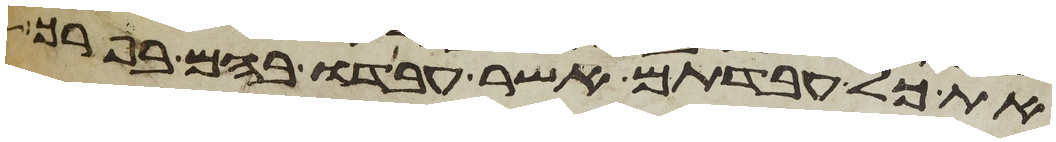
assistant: את כל עבדתם אשר עבדו בהם בפרך